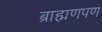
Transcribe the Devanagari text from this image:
ब्राह्मणपण